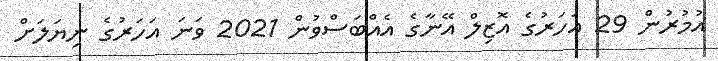
އުމުރުން 29 އަހަރުގެ އޮޒިލް އޭނާގެ އެއްބަސްވުން 2021 ވަނަ އަހަރުގެ ނިޔަލަށް